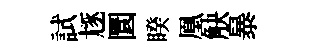
試豗圜睽凰觖暴